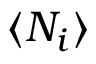
\langle N _ { i } \rangle